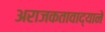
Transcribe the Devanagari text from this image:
अराजकतावाद्याने